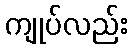
ကျုပ်လည်း